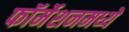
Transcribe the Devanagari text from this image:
फॉर्मेशनमध्ये